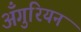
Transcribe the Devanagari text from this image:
अँगुरियन